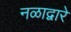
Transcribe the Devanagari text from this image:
नळाद्वारे